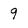
Character: 9